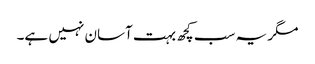
مگر یہ سب کچھ بہت آسان نہیں ہے۔